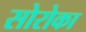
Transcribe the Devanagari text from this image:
सोरोका